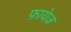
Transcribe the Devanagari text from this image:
फ़ायेज़